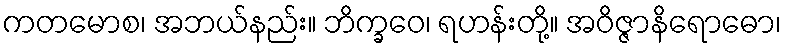
ကတမောစ၊ အဘယ်နည်း။ ဘိက္ခဝေ၊ ရဟန်းတို့။ အဝိဇ္ဇာနိရောဓော၊